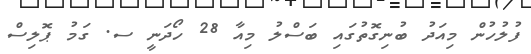
ފުލުހުން މިއަދު ބުނިގޮތުގައި ބަސްލު މިއާ 28 ހޯދަނީ ސ. ގަމު ޕޮލިސް